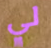
لي